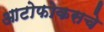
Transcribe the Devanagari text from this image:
आटोफोकसचे